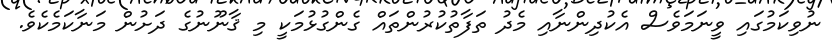
ނުވިކަމުގައި ވީނަމަވެސް އެކުދިންނާއި މެދު ތަފާތުކުރުންތައް ގެންގުޅުމަކީ މި ޤާނޫނުގެ ދަށުން މަނާކަމެކެވެ.